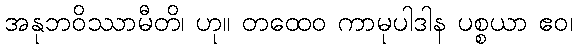
အနုဘဝိဿာမီတိ၊ ဟု။ တထေဝ ကာမုပါဒါန ပစ္စယာ ဧဝ၊